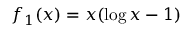
f _ { 1 } ( x ) = x ( \log x - 1 )